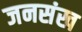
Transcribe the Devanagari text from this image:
जनसंख